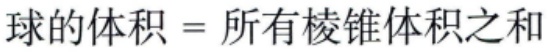
球的体积 = 所有棱锥体积之和